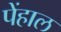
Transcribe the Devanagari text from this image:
पेंहाल